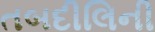
તબદીલિની